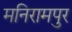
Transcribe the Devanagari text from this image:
मनिरामपुर